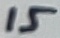
Text: 15